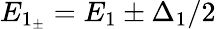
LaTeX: E_{1_{\pm}}=E_{1}\pm\Delta_{1}/2